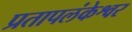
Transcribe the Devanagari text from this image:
प्रतापलंकेश्वर